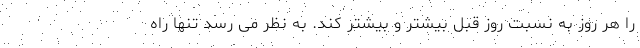
را هر روز به نسبت روز قبل بیشتر و بیشتر کند. به نظر می رسد تنها راه